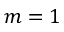
m = 1